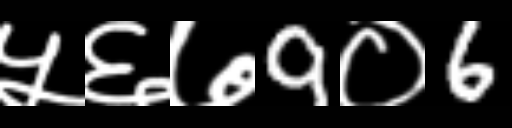
Text: ५६७9०6